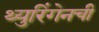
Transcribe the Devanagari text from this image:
थ्युरिंगेनची